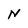
Character: N